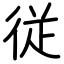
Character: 従